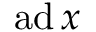
\operatorname { a d } x